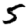
Digit: 5